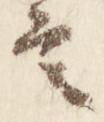
言